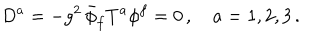
D ^ { a } = - g ^ { 2 } \, \bar { \phi } _ { f } T ^ { a } \phi ^ { f } = 0 \, , \quad a = 1 , 2 , 3 \, .